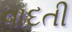
વાદતી